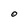
Character: O